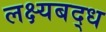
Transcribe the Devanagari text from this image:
लक्ष्यबद्ध